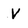
Character: v